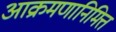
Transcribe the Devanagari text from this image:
आक्रमणानिमित्त